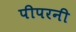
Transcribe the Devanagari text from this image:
पीपरनी